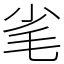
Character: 毟